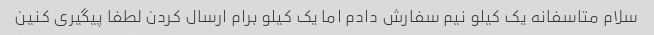
سلام متاسفانه یک کیلو نیم سفارش دادم اما یک کیلو برام ارسال کردن لطفا پیگیری کنین